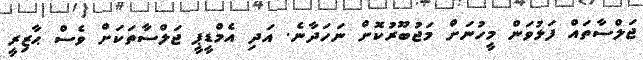
ޖަލްސާތައް ފަޅުވަން މީހުނަށް މަޖުބޫރުކޮށް ނަހަދާނެ. އަދި އެމްޑީޕީ ޖަލްސާތަކަށް ވެސް ޙާޒިރީ